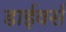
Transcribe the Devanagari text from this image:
डाईवर्स